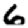
Digit: 6